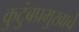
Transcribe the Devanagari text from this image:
कुटुंबप्रमुखाचे